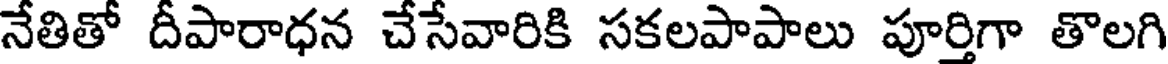
నేతితో దీపారాధన చేసేవారికి సకలపాపాలు పూర్తిగా తొలగి